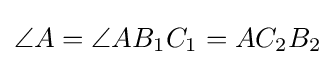
\angle A=\angle AB_{1}C_{1}=AC_{2}B_{2}